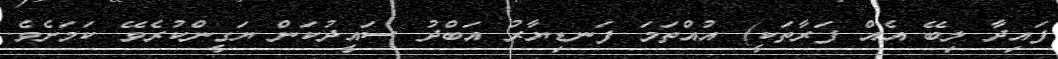
ފައިދާ ލިބޭ އެއް ފަރާތަކީ) އުއްތަމަ ފަނޑިޔާރު އަބްދު ސައީދުކަން ޔަގީންކުރެވޭ ކަމަށެވެ.